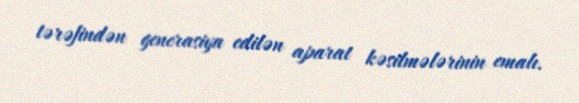
tərəfindən generasiya edilən aparat kəsilmələrinin emalı.